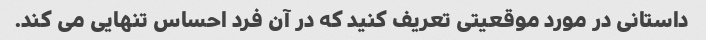
داستانی در مورد موقعیتی تعریف کنید که در آن فرد احساس تنهایی می کند.